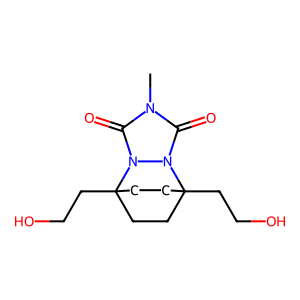
SMILES: Cn1c(=O)n2n(c1=O)C1(CCO)CCC2(CCO)CC1
Inhibits HIV replication: No